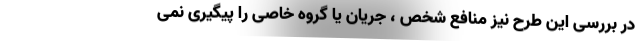
در بررسی این طرح نیز منافع شخص ، جریان یا گروه خاصی را پیگیری نمی